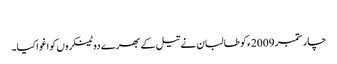
​
چار ستمبر 2009ء کو طالبان نے تیل کے بھرے دو ٹینکروں کو اغوا کیا۔